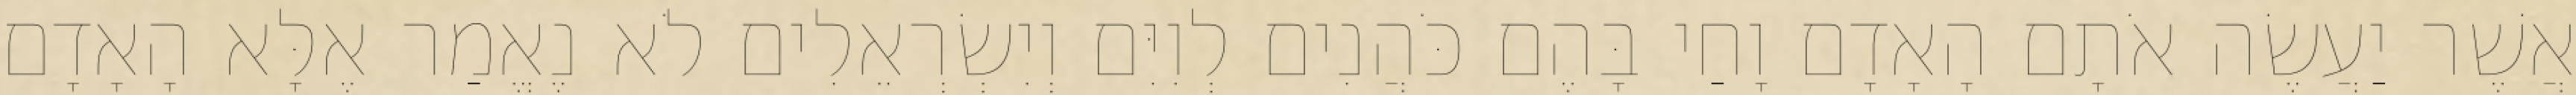
אֲשֶׁר יַעֲשֶׂה אֹתָם הָאָדָם וָחַי בָּהֶם כֹּהֲנִים לְוִיִּם וְיִשְׂרְאֵלִים לֹא נֶאֱמַר אֶלָּא הָאָדָם